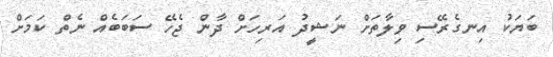
ބަޔަކު އިނގެރޭސި ވިލާތަށް ނަޝީދު އަރިހަށް ދާން ޖެހޭ ސަބަބެއް ނެތް ކަމަށް